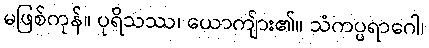
မဖြစ်ကုန်။ ပုရိသဿ၊ ယောကျ်ား၏။ သံကပ္ပရာဂေါ၊